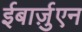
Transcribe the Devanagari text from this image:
ईबार्ज़ुएन